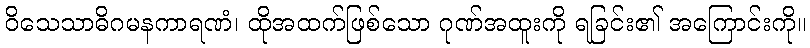
ဝိသေသာဓိဂမနကာရဏံ၊ ထိုအထက်ဖြစ်သော ဂုဏ်အထူးကို ရခြင်း၏ အကြောင်းကို။